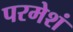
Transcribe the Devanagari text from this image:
परमेशं